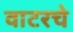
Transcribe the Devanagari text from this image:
वाटरचे